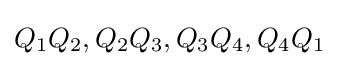
Q_{1}Q_{2},Q_{2}Q_{3},Q_{3}Q_{4},Q_{4}Q_{1}